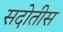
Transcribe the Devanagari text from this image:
सदोतीस